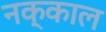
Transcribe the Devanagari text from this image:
नक्काल